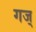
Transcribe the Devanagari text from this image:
गज्